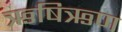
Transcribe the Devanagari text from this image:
ऋषिऋण